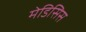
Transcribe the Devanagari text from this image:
मेडिसिस